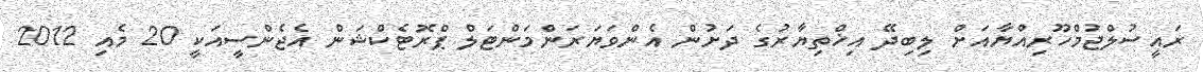
ރައީސުލްޖުމްހޫރިއްޔާއަށް ލިބިދޭ އިޚްތިޔާރުގެ ދަށުން އެންވަޔަރަންމަންޓަލް ޕްރޮޓެކްޝަން އެޖެންސީއަކީ 20 މެއި 2012